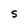
Character: S